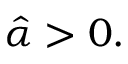
{ \hat { \alpha } } > 0 .